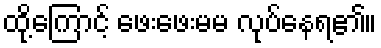
ထို့ကြောင့် ဖေးဖေးမမ လုပ်နေရ၏။